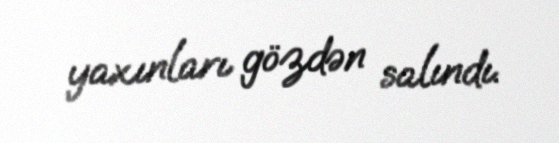
yaxınları gözdən salındı.